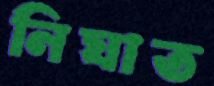
নিঘাত